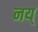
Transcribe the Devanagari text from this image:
नय्